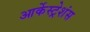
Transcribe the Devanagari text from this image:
आर्केस्ट्रेशंस